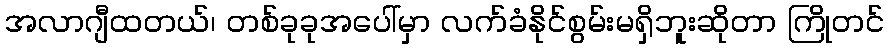
အလာဂျီထတယ်၊ တစ်ခုခုအပေါ်မှာ လက်ခံနိုင်စွမ်းမရှိဘူးဆိုတာ ကြိုတင်